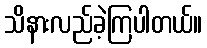
သိနားလည်ခဲ့ကြပါတယ်။